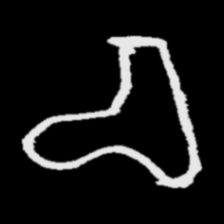
Pyu character \u2014 Myanmar letter: စ (romanized: ca)